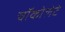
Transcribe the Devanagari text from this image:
चॉकोलेटे